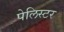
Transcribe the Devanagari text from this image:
पेलिस्टर